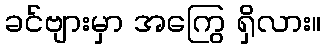
ခင်ဗျားမှာ အကြွေ ရှိလား။